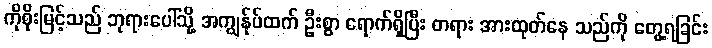
ကိုစိုးမြင့်သည် ဘုရားပေါ်သို့ အကျွန်ုပ်ထက် ဦးစွာ ရောက်ရှိပြီး တရား အားထုတ်နေ သည်ကို တွေ့ရခြင်း